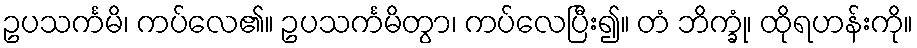
ဥပသင်္ကမိ၊ ကပ်လေ၏။ ဥပသင်္ကမိတွာ၊ ကပ်လေပြီး၍။ တံ ဘိက္ခုံ၊ ထိုရဟန်းကို။